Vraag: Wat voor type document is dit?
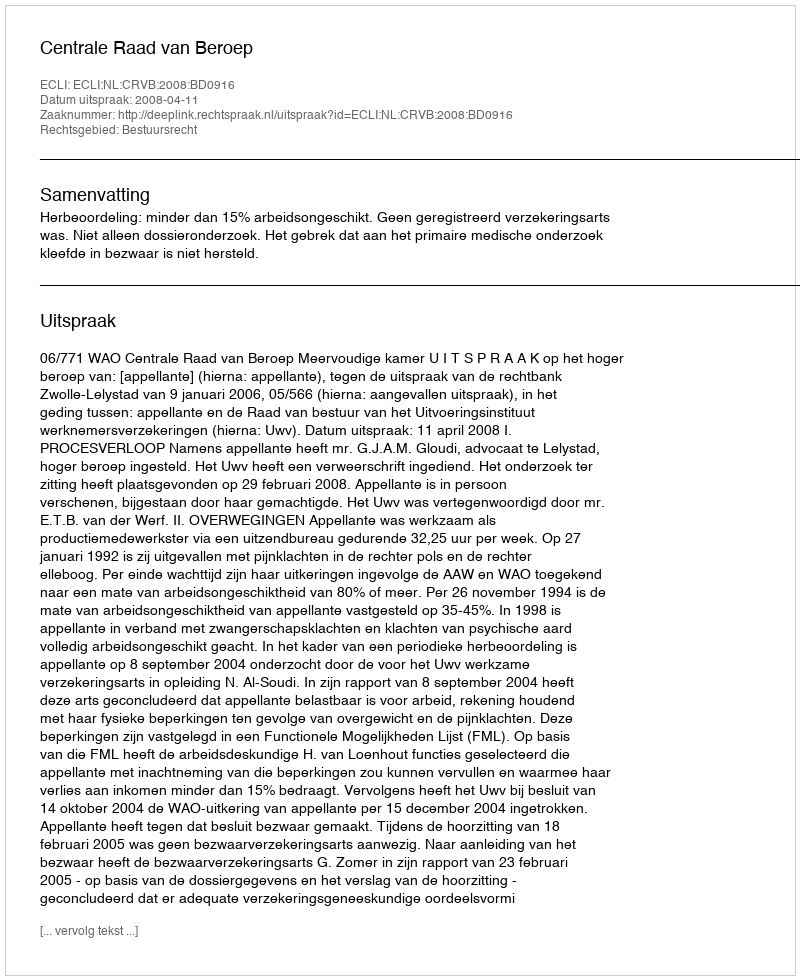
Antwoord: Uitspraak